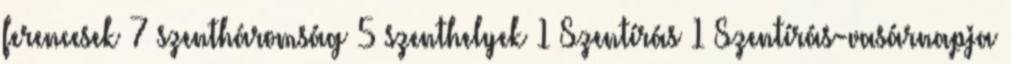
ferencesek 7 szentháromság 5 szenthelyek 1 Szentírás 1 Szentírás-vasárnapja